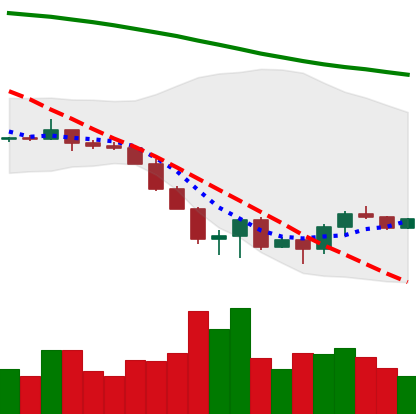
Ticker: ETC-USD
Chart end date: 2022-06-23
Forward return: -3.195%
Label: down_3_5